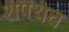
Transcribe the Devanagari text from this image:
शपथच